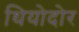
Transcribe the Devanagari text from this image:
थियोदोर